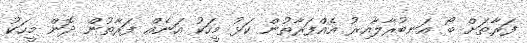
ފަރާތަށް ބޯ އަނބުރާލާއިރު އެއްފަރާތުން ކަޅު މީހަކު އަނެއް ފަރާތުން ދޮން މީހަކު